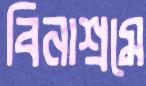
বিনাশ্রমে